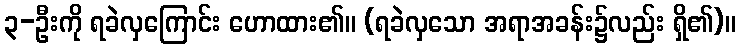
၃-ဦးကို ရခဲလှကြောင်း ဟောထား၏။ (ရခဲလှသော အရာအခန်း၌လည်း ရှိ၏)။